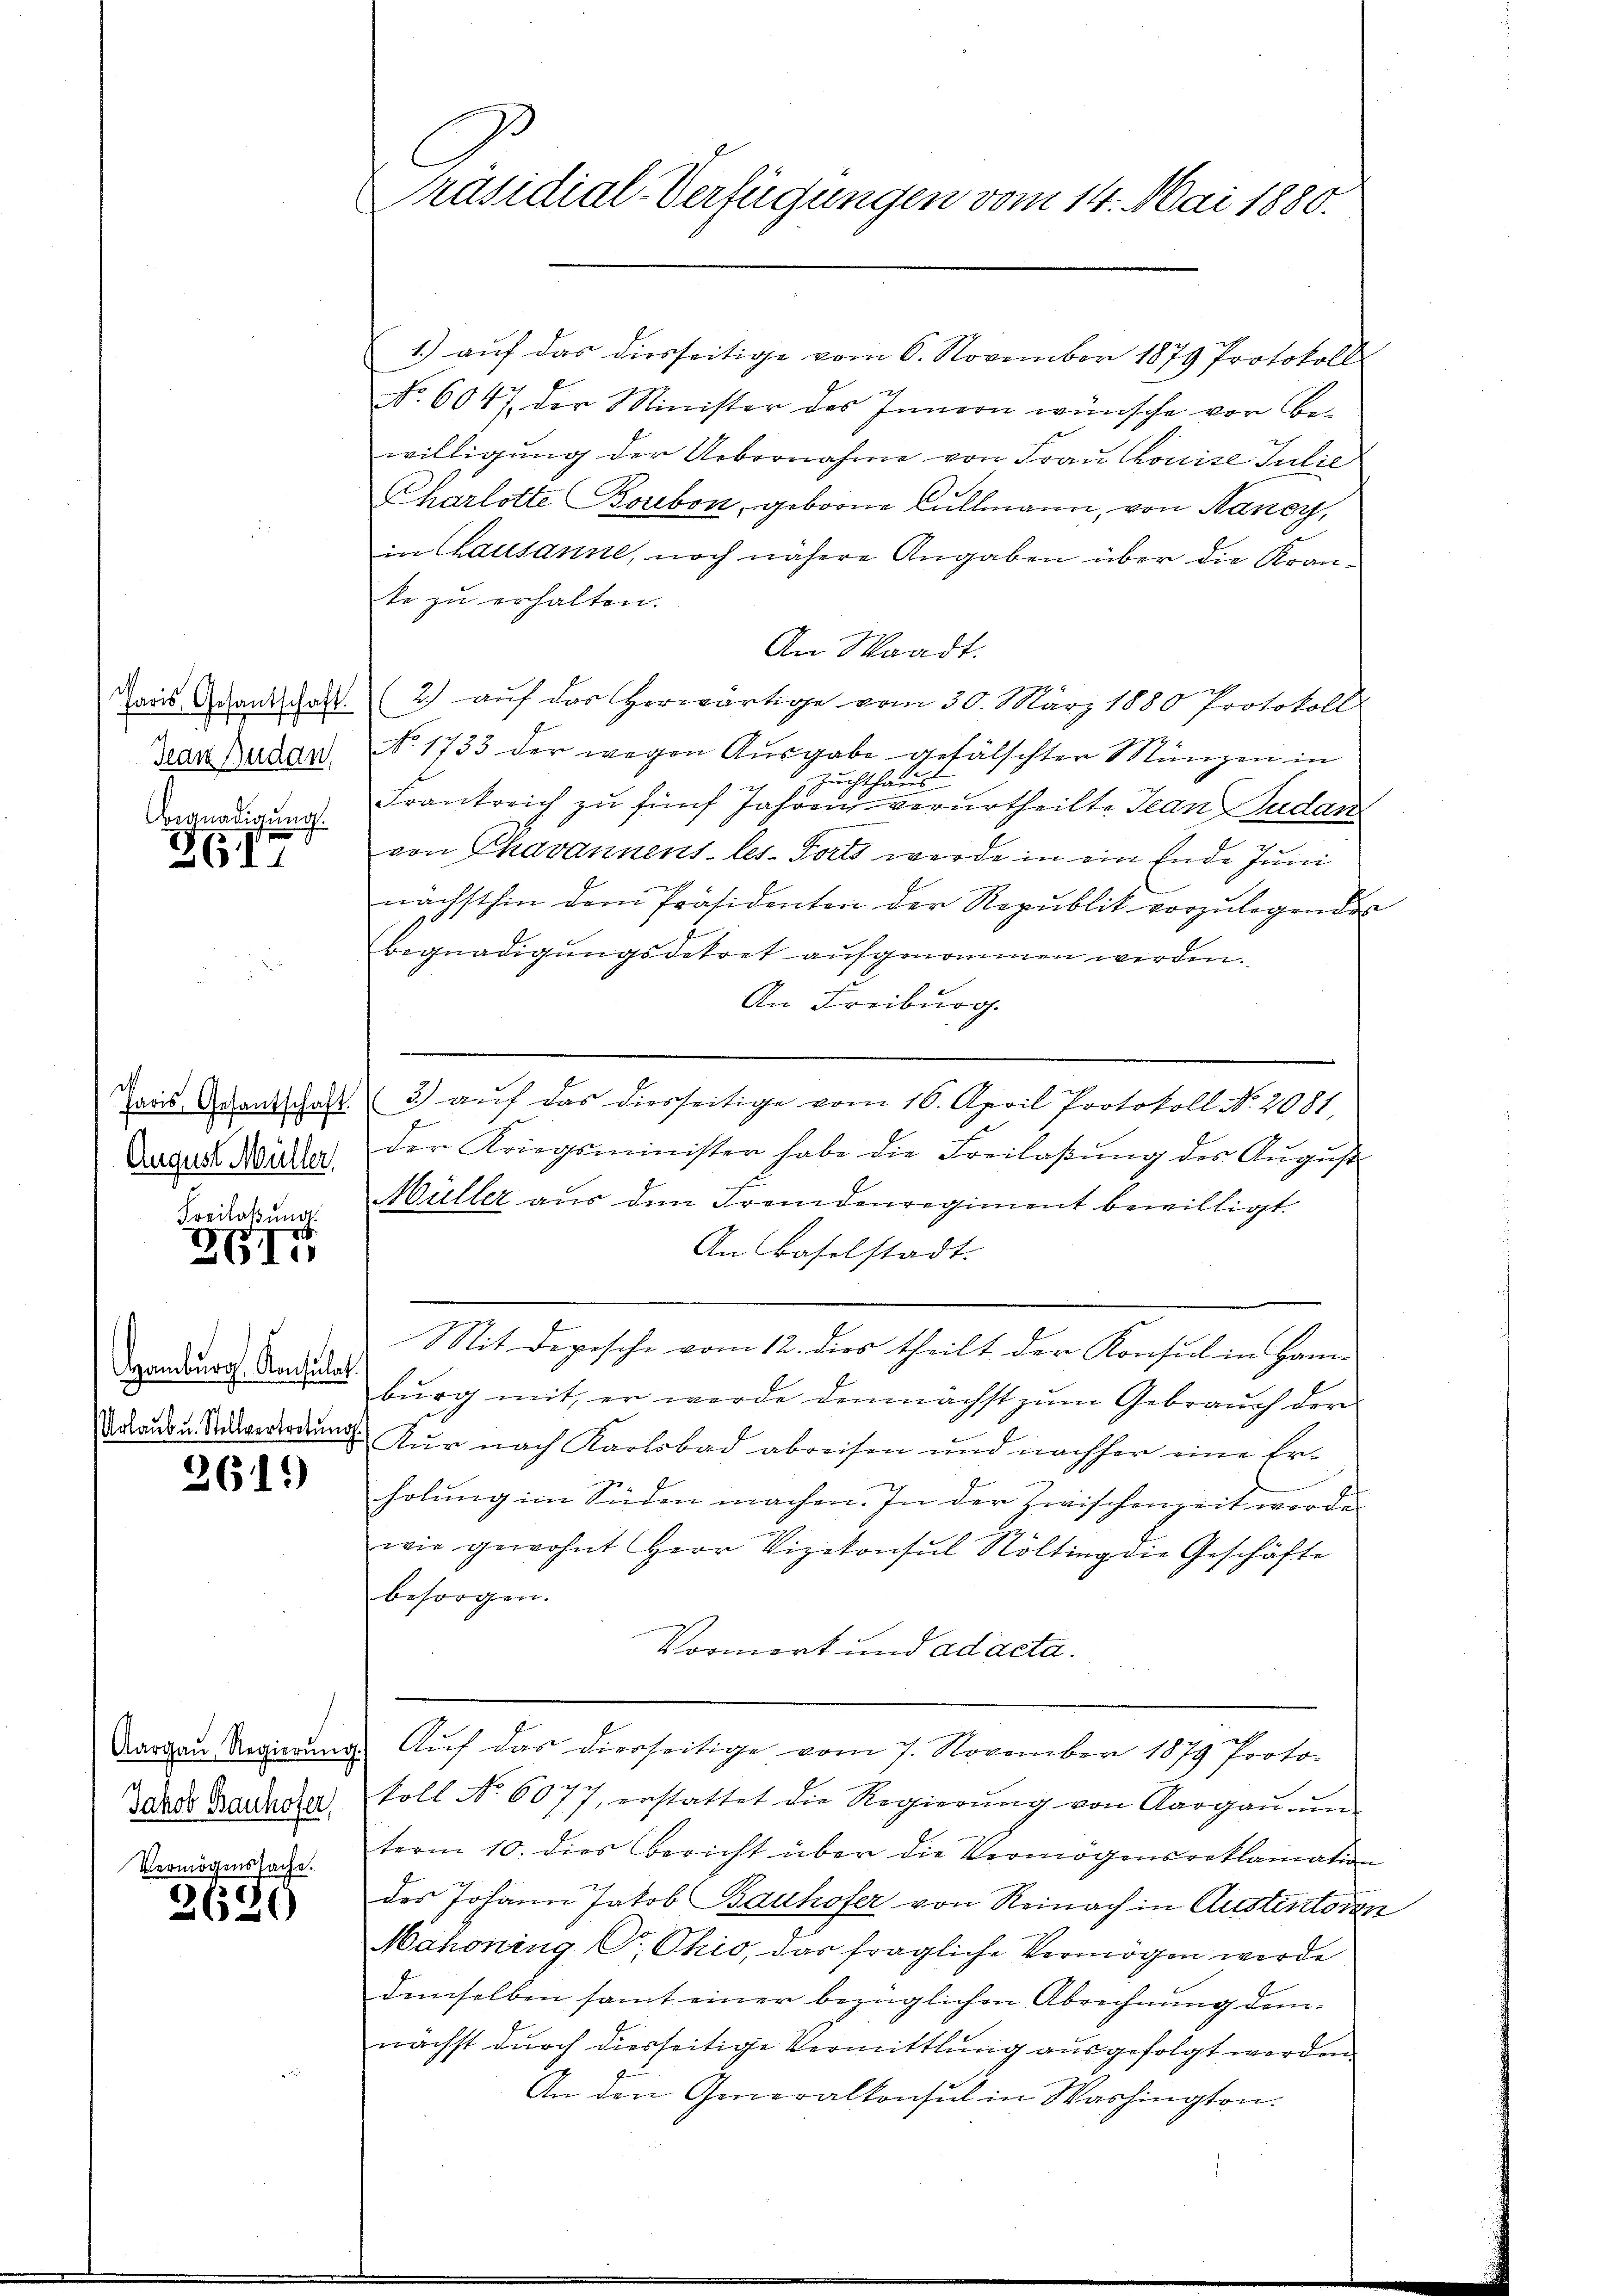
Paris, Gesantschaft.
Jean Budan,
Begnadigung.

2617

d
August Müller,

Freilobung
ZG II

Urlaub u. Stellvertretung

2619)

Jakob Bauhofer,
Vermögenssache.

3620

Präsidial-Verfügungen vom 14. Mai 1880.

1.) aŭf das diesseitige vom 6. November 1879 Protokoll
No. 6047 der Minister des Innern wünsche von Bewilligung der Uebernahme von Frau Chouise Julie
Charlotte Bonbon, geborne Füllmann, von Nancy,
in Chausanne, noch nähere Angaben über die Kranko zu erhalten.
An Waadt.

2.) auf das herwärtige vom 30. März 1880 Protokoll
No. 1733 der wegen Ausgabe gefälschter Manzen in
2
Zuchthaus
Frankreich zu fünf Jahren verurtheilte Jean Sudan
von Chavannenstes. Forts werde in ein Ende Juni
nächsthin dem Präsidenten der Republik vorzŭlegenden
Begnadigungsdekret aufgenommen werden.
An Freiburg.
iis entschaft 3) aŭf das diesseitige vom 16. April Protokoll No. 2081,
der Kriegsminister habe die Freilaβŭng des Aŭgŭst
Müller aus dem Fremdenregiment bewilligt.
An Baselstadt.
Mit Depische vom 12. dies theilt der Konsul in Hanandurch Andels burg mit er werde demnächst zŭm Gebrauch der
Kur nach Karlsbad abreisen und nachher eine Er-
holung im Süden machen. In der Zwischenzeit werde
wie gewohnt Herr Vizekonsul Rölting die Geschäfte
besorgen.
Vormerk und ad acta.
Aargau Regierung. Aŭf das dierseitige vom 7. November 1879 Proto-
koll No 6077, erstattet die Regierŭng von Aargaŭ ŭm
term 10. dies Bericht über die Vermögensreklamation
des Johann Jakob Bauhofer von Reinach in Austructoren
Mahoning Pr. Ohio, das fragliche Vermögen werde
demselben samt einer bezüglichen Abrechnung dem
nächst durch diesseitige Vermittlung ausgefolgt werden.
An den Generalkonsul in Washington.